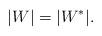
LaTeX: \begin{align*}|W|=|W^{*}|.\end{align*}